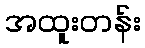
အထူးတန်း